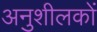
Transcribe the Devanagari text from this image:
अनुशीलकों